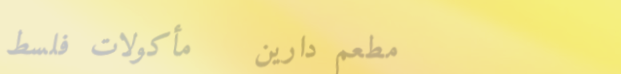
مطعم دارين   مأكولات فلسط